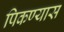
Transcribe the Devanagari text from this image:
पिकण्यास